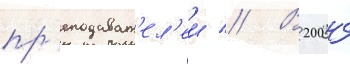
пр'еподават'ел'еи // В 2004